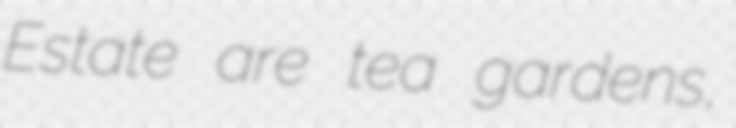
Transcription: Estate are tea gardens,